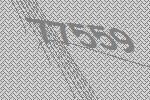
77559